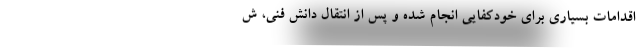
اقدامات بسیاری برای خودکفایی انجام شده و پس از انتقال دانش فنی، ش